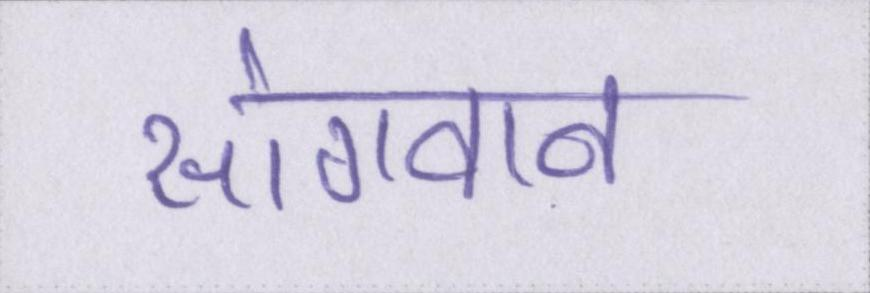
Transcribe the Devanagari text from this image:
सांगवान